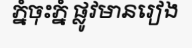
ភ្នំចុះភ្នំ ផ្លូវមានរៀង